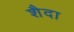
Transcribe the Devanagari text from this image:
शैदा